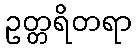
ဥတ္တရိတရာ